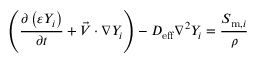
\left( \frac { \partial \left( \varepsilon Y _ { i } \right) } { \partial t } + \vec { V } \cdot \nabla Y _ { i } \right) - D _ { \mathrm { { e f f } } } \nabla ^ { 2 } Y _ { i } = \frac { S _ { \mathrm { m } , i } } { \rho }